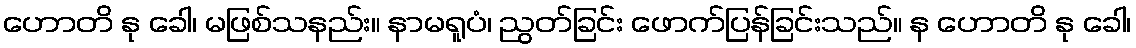
ဟောတိ နု ခေါ၊ မဖြစ်သနည်း။ နာမရူပံ၊ ညွတ်ခြင်း ဖောက်ပြန်ခြင်းသည်။ န ဟောတိ နု ခေါ၊